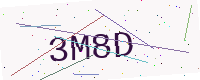
Text: 3M8D